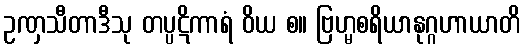
ဥဏှသီတာဒီသု တပ္ပဋိကာရံ ဝိယ စ။ ဗြဟ္မစရိယာနုဂ္ဂဟာယာတိ